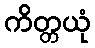
ကိတ္တယုံ